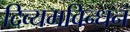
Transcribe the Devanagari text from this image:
दिव्यमविन्धनं